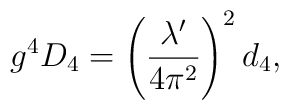
g^4D_4=\left(\frac{\lambda'}{4\pi^2}\right)^2 d_4,